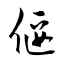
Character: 偃